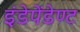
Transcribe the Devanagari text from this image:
इंडेपेंडेण्ट